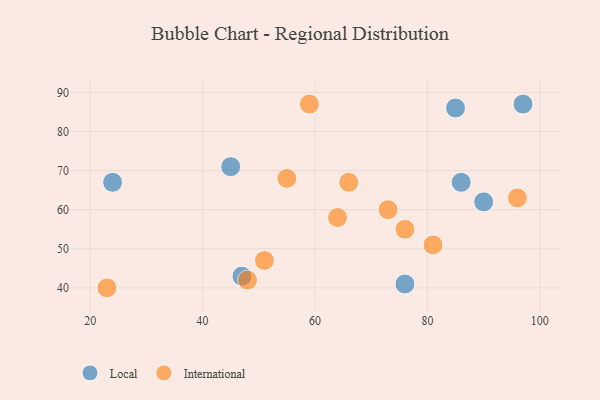
{"axis": {"x": "GDP", "y": "Life Expectancy"}, "legend": ["International", "Local"], "data": [{"x": "97", "y": 87, "type": "Local"}, {"x": "24", "y": 67, "type": "Local"}, {"x": "85", "y": 86, "type": "Local"}, {"x": "76", "y": 41, "type": "Local"}, {"x": "45", "y": 71, "type": "Local"}, {"x": "86", "y": 67, "type": "Local"}, {"x": "47", "y": 43, "type": "Local"}, {"x": "90", "y": 62, "type": "Local"}, {"x": "66", "y": 67, "type": "International"}, {"x": "59", "y": 87, "type": "International"}, {"x": "96", "y": 63, "type": "International"}, {"x": "48", "y": 42, "type": "International"}, {"x": "81", "y": 51, "type": "International"}, {"x": "55", "y": 68, "type": "International"}, {"x": "64", "y": 58, "type": "International"}, {"x": "51", "y": 47, "type": "International"}, {"x": "73", "y": 60, "type": "International"}, {"x": "23", "y": 40, "type": "International"}, {"x": "76", "y": 55, "type": "International"}]}